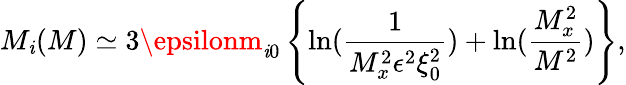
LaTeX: M_{\mathit{i}}(M)\simeq3\epsilonm_{\mathit{i}0}\left\{ \ln(\frac{{1}}{{M_{x}^{2}\epsilon^{2}\xi_{0}^{2}}})+\ln(\frac{{M_{x}^{2}}}{{M^{2}}})\right\} ,